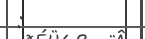
: